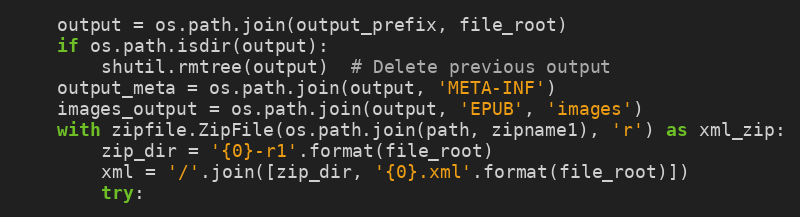
Language: Python
    output = os.path.join(output_prefix, file_root)
    if os.path.isdir(output):
        shutil.rmtree(output)  # Delete previous output
    output_meta = os.path.join(output, 'META-INF')
    images_output = os.path.join(output, 'EPUB', 'images')
    with zipfile.ZipFile(os.path.join(path, zipname1), 'r') as xml_zip:
        zip_dir = '{0}-r1'.format(file_root)
        xml = '/'.join([zip_dir, '{0}.xml'.format(file_root)])
        try: